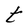
Character: t